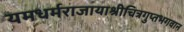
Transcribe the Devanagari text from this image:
यमधर्मराजायाश्रीचित्रगुप्तभगवान